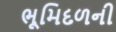
ભૂમિદળની